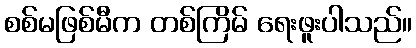
စစ်မဖြစ်မီက တစ်ကြိမ် ရေးဖူးပါသည်။